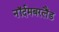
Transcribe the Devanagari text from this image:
नॉर्दमबरलैंड